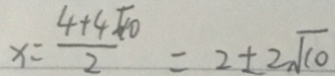
x = \frac { 4 + 4 \sqrt { 1 0 } } { 2 } = 2 \pm 2 \sqrt { 1 0 }